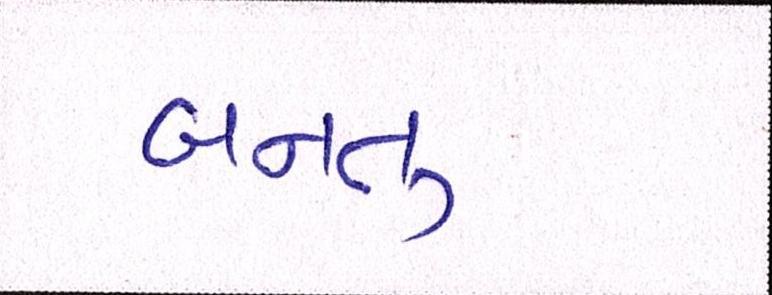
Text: બનતુ